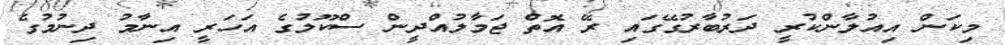
މިކަން އިއުލާންކުރީ ދަރުބާރުގޭގައި ރޭ އޮތް ޖަމާލުއްދީން ސްކޫލުގެ އަހަރީ އިނާމު ދިނުމުގެ